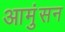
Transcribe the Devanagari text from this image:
आमुंसन